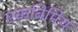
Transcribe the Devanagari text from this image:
एकबिमिय